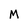
Character: M